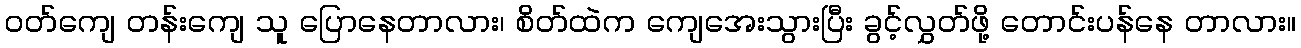
ဝတ်ကျေ တန်းကျေ သူ ပြောနေတာလား၊ စိတ်ထဲက ကျေအေးသွားပြီး ခွင့်လွှတ်ဖို့ တောင်းပန်နေ တာလား။